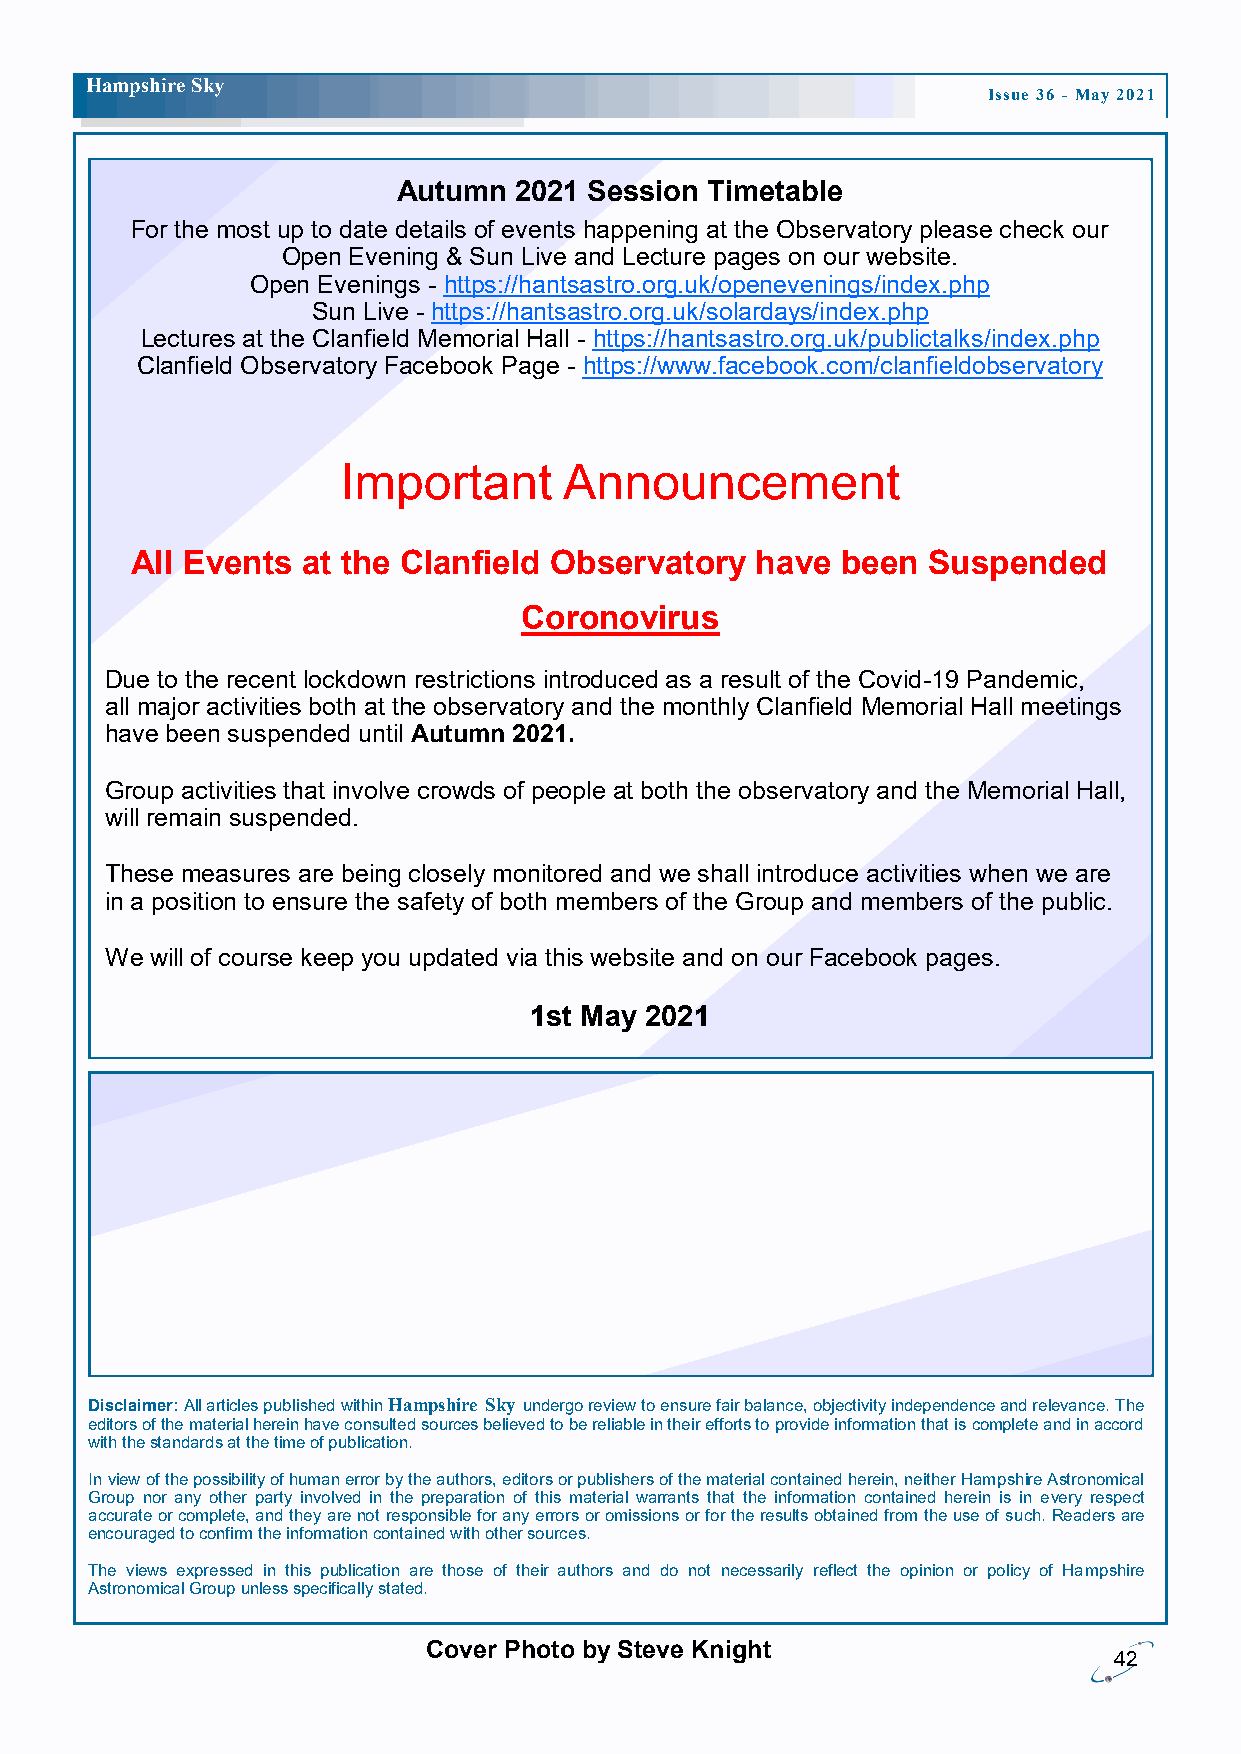
H ampshire Sky
 Issue 36 - May 2021
 Autumn  2021 Session Timetable
 For the most up to date details of events happening at the Observatory please check our
 Open Evening & Sun Live and Lecture pages on our website.
 Open Evenings - https://hantsastro.org.uk/openevenings/index.php
 Sun Live - https://hantsastro.org.uk/solardays/index.php
 Lectures at the Clanfield Memorial Hall - https://hantsastro.org.uk/publictalks/index.php
 Clanfield Observatory Facebook Page - https://www.facebook.com/clanfieldobservatory
 Important     Announcement
 All Events at the Clanfield Observatory  have  been Suspended
 Coronovirus
 Due to the recent lockdown restrictions introduced as a result of the Covid-19 Pandemic,
 all major activities both at the observatory and the monthly Clanfield Memorial Hall meetings
 have been suspended until Autumn 2021.
 Group activities that involve crowds of people at both the observatory and the Memorial Hall,
 will remain suspended.
 These measures are being closely monitored and we shall introduce activities when we are
 in a position to ensure the safety of both members of the Group and members of the public.
 We will of course keep you updated via this website and on our Facebook pages.
 1st May 2021
 Disclaimer: All articles published within Hampshire Sky undergo review to ensure fair balance, objectivity independence and relevance. The
 editors of the material herein have consulted sources believed to be reliable in their efforts to provide information that is complete and in accord
 with the standards at the time of publication.
 In view of the possibility of human error by the authors, editors or publishers of the material contained herein, neither Hampshire Astronomical
 Group nor any other party involved in the preparation of this material warrants that the information contained herein is in every respect
 accurate or complete, and they are not responsible for any errors or omissions or for the results obtained from the use of such. Readers are
 encouraged to confirm the information contained with other sources.
 The views expressed in this publication are those of their authors and do not necessarily reflect the opinion or policy of Hampshire
 Astronomical Group unless specifically stated.
 Cover Photo by Steve Knight
 42